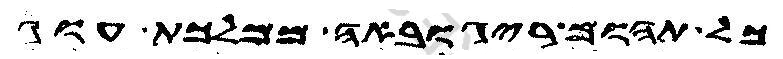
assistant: כל תהום ריגובאה ממלכת עוג